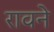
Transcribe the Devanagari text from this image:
रावने